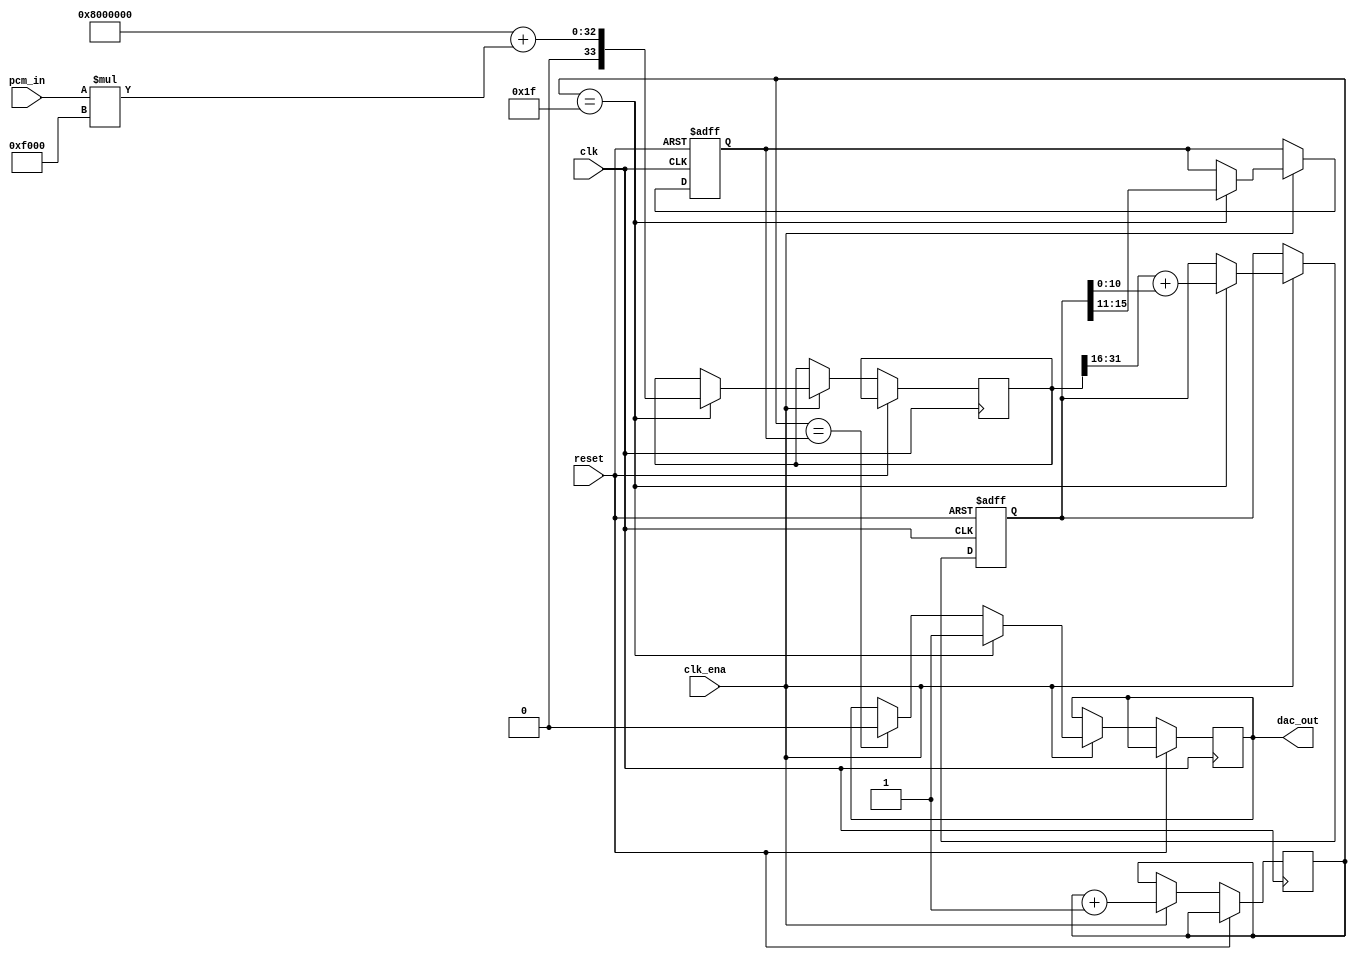
// This program was cloned from: https://github.com/atrac17/Toaplan2
// License: GNU General Public License v3.0

// Hybrid PWM / Sigma Delta converter
//
// Uses 5-bit PWM, wrapped within a 10-bit Sigma Delta, with the intention of
// increasing the pulse width, since narrower pulses seem to equate to more noise

module hybrid_pwm_sd
(
    input        clk,
    input        clk_ena,
    input        reset,
    input [15:0] pcm_in,
    output       dac_out
);

reg [4:0] pwmcounter;
reg [4:0] pwmthreshold;
reg [33:0] scaledin;
reg [15:0] sigma;
reg out;

assign dac_out=out;

always @(posedge clk, posedge reset) begin
    if(reset) begin
        sigma<=16'b00000100_00000000;
        pwmthreshold<=5'b10000;
    end else if(clk_ena) begin
        pwmcounter<=pwmcounter+1'b1;

        if(pwmcounter==pwmthreshold)
            out<=1'b0;

        if(pwmcounter==5'b11111) // Update threshold when pwmcounter reaches zero
        begin
            // Pick a new PWM threshold using a Sigma Delta
            scaledin<=33'd134217728 // (1<<(16-5))<<16, offset to keep centre aligned.
                +({1'b0,pcm_in}*61440); // 30<<(16-5)-1;
            sigma<=scaledin[31:16]+{4'b0,sigma[10:0]};  // Will use previous iteration's scaledin value
            pwmthreshold<=sigma[15:11]; // Will lag 2 cycles behind, but shouldn't matter.
            out<=1'b1;
        end
    end
end

endmodule